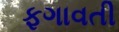
ફગાવતી